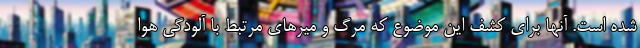
شده است. آنها برای کشف این موضوع که مرگ و میرهای مرتبط با آلودگی هوا